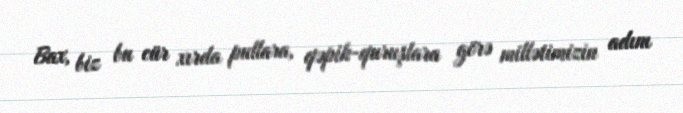
Bax, biz bu cür xırda pullara, qəpik-quruşlara görə millətimizin adını